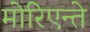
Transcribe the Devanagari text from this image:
मोरिएन्ते